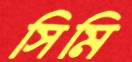
সিমি